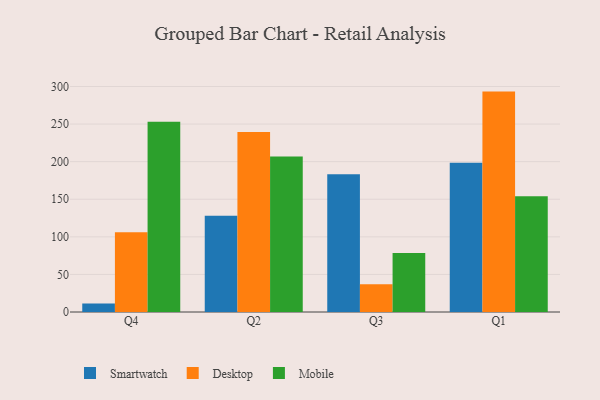
{"axis": {"x": "Quarter", "y": "Bounce Rate (%)"}, "legend": ["Desktop", "Mobile", "Smartwatch"], "data": [{"x": "Q4", "y": 11.3, "type": "Smartwatch"}, {"x": "Q4", "y": 106.0, "type": "Desktop"}, {"x": "Q4", "y": 253.2, "type": "Mobile"}, {"x": "Q2", "y": 128.2, "type": "Smartwatch"}, {"x": "Q2", "y": 239.4, "type": "Desktop"}, {"x": "Q2", "y": 206.8, "type": "Mobile"}, {"x": "Q3", "y": 183.2, "type": "Smartwatch"}, {"x": "Q3", "y": 36.9, "type": "Desktop"}, {"x": "Q3", "y": 78.5, "type": "Mobile"}, {"x": "Q1", "y": 198.5, "type": "Smartwatch"}, {"x": "Q1", "y": 293.2, "type": "Desktop"}, {"x": "Q1", "y": 154.1, "type": "Mobile"}]}